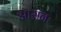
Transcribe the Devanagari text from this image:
आसनः